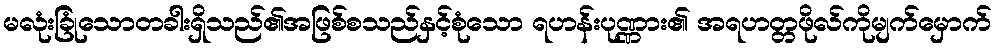
မလုံးခြုံသောတခါးရှိသည်၏အဖြစ်စသည်နှင့်စုံသော ရဟန်းပုဏ္ဏား၏ အရဟတ္တဖိုလ်ကိုမျက်မှောက်